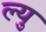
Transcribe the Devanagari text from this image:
ल्यु